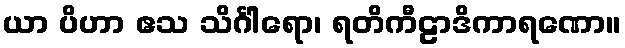
ယာ ပိဟာ ဧသ သိင်္ဂါရော၊ ရတိကီဠာဒိကာရဏော။